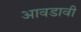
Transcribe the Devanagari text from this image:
आवडावी